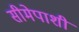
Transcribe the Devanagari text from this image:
सीमेपाशी